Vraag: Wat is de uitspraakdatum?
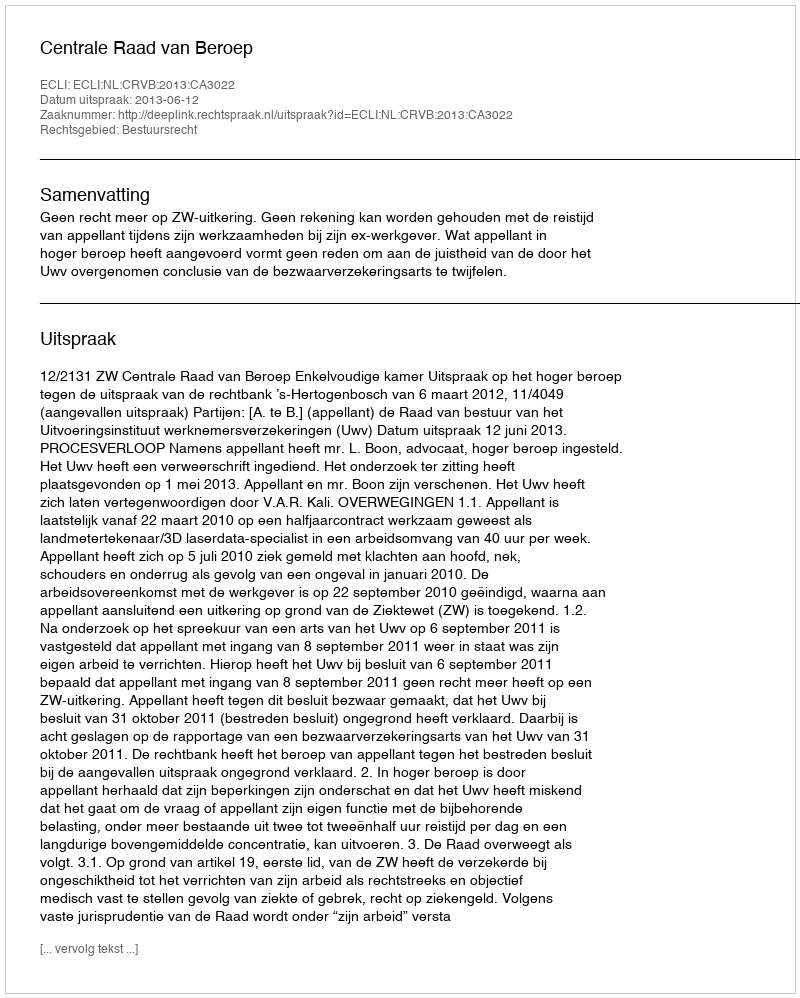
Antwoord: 2013-06-12